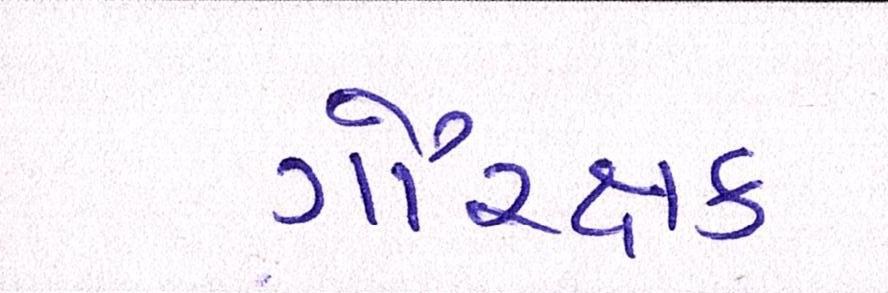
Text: ગૌરક્ષક